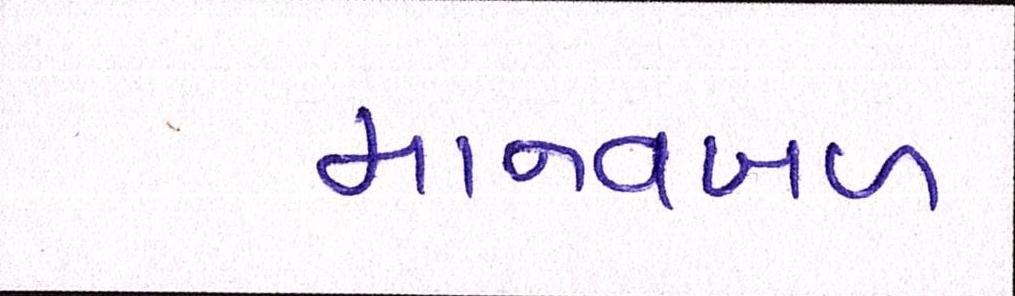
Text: માનવબળ